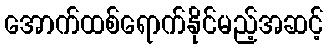
အောက်ထစ်ရောက်နိုင်မည့်အဆင့်